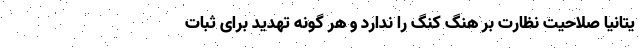
یتانیا صلاحیت نظارت بر هنگ کنگ را ندارد و هر گونه تهدید برای ثبات